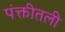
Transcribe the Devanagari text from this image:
पंक्तीतली